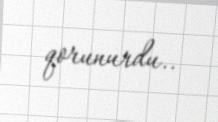
qorunurdu..